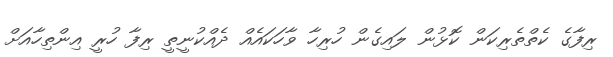
ރިފާގެ ކެތްތެރިކަން ކޮޅުން ލައިގެން ހުރިހާ ވާހަކައެއް ދެއްކުނީތީ ރިފާ ހުރީ އިންތިހާއަށް